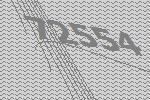
72554